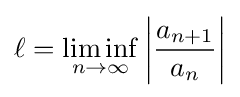
\ell =\liminf _{n\to \infty }\left|{\frac {a_{n+1}}{a_{n}}}\right|